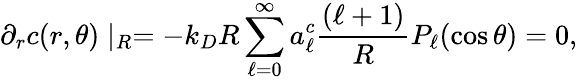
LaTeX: \partial_{r}c(r,\theta)\mid_{R}=-k_{D}R\sum_{\ell=0}^{\infty}a_{\ell}^{c}\frac{(\ell+1)}{R}P_{\ell}(\cos\theta)=0,